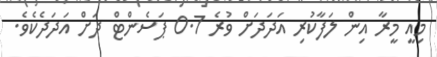
މިއީ މީރާ އިން ލަފާކުރި އަދަދަށް ވުރެ 0.7 ޕަސެންޓް ދަށް އަދަދެކެވެ.